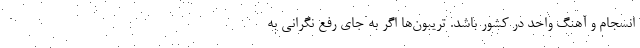
انسجام و آهنگ واحد در کشور باشد. تریبون‌ها اگر به جای رفع نگرانی به